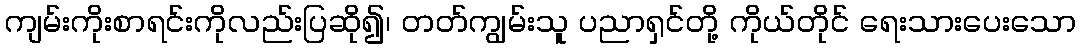
ကျမ်းကိုးစာရင်းကိုလည်းပြဆို၍၊ တတ်ကျွမ်းသူ ပညာရှင်တို့ ကိုယ်တိုင် ရေးသားပေးသော